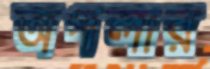
অপলার